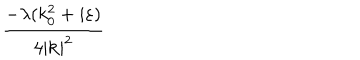
LaTeX: \frac { - \lambda ( k _ { 0 } ^ { 2 } + i \varepsilon ) } { 4 | \mathbf { k } | ^ { 2 } }